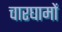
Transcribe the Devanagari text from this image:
चारघामों